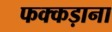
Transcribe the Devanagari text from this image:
फक्‍कड़ाना